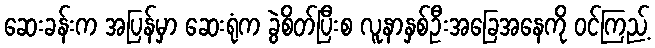
ဆေးခန်းက အပြန်မှာ ဆေးရုံက ခွဲစိတ်ပြီးစ လူနာနှစ်ဦးအခြေအနေကို ဝင်ကြည့်